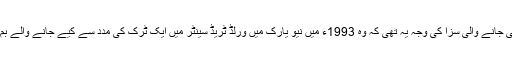
رمزی یوسف کو سنائی جانے والی سزا کی وجہ یہ تھی کہ وہ 1993ء میں نیو یارک میں ورلڈ ٹریڈ سینٹر میں ایک ٹرک کی مدد سے کیے جانے والے بم حملے میں ملوث تھا۔